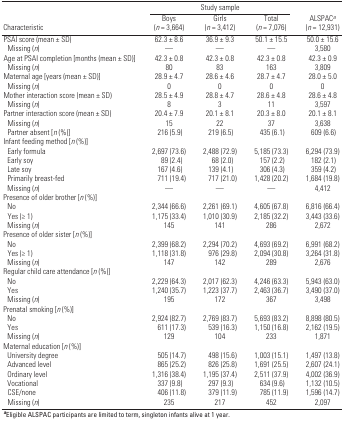
<table><thead><tr><td colspan="5"><b>Study sample</b></td></tr><tr><td><b>Characteristic</b></td><td><b>Boys (<i>n</i> = 3,664)</b></td><td><b>Girls (<i>n</i> = 3,412)</b></td><td><b>Total (<i>n</i> = 7,076)</b></td><td><b>ALSPAC<i>a </i>(<i>n</i> = 12,931)</b></td></tr></thead><tbody><tr><td>PSAI score (mean ± SD)</td><td></td><td>62.3 ± 8.6</td><td></td><td>36.9 ± 9.3</td><td></td><td>50.1 ± 15.5</td><td></td><td>50.0 ± 15.6</td></tr><tr><td>Missing (<i>n</i>)</td><td></td><td>—</td><td></td><td>—</td><td></td><td>—</td><td></td><td>3,580</td></tr><tr><td>Age at PSAI completion [months (mean ± SD)]</td><td></td><td>42.3 ± 0.8</td><td></td><td>42.3 ± 0.8</td><td></td><td>42.3 ± 0.8</td><td></td><td>42.3 ± 0.9</td></tr><tr><td>Missing (<i>n</i>)</td><td></td><td>80</td><td></td><td>83</td><td></td><td>163</td><td></td><td>3,809</td></tr><tr><td>Maternal age [years (mean ± SD)]</td><td></td><td>28.9 ± 4.7</td><td></td><td>28.6 ± 4.6</td><td></td><td>28.7 ± 4.7</td><td></td><td>28.0 ± 5.0</td></tr><tr><td>Missing (<i>n</i>)</td><td></td><td>0</td><td></td><td>0</td><td></td><td>0</td><td></td><td>0</td></tr><tr><td>Mother interaction score (mean ± SD)</td><td></td><td>28.5 ± 4.9</td><td></td><td>28.8 ± 4.7</td><td></td><td>28.6 ± 4.8</td><td></td><td>28.6 ± 4.8</td></tr><tr><td>Missing (<i>n</i>)</td><td></td><td>8</td><td></td><td>3</td><td></td><td>11</td><td></td><td>3,597</td></tr><tr><td>Partner interaction score (mean ± SD)</td><td></td><td>20.4 ± 7.9</td><td></td><td>20.1 ± 8.1</td><td></td><td>20.3 ± 8.0</td><td></td><td>20.1 ± 8.1</td></tr><tr><td>Missing (<i>n</i>)</td><td></td><td>15</td><td></td><td>22</td><td></td><td>37</td><td></td><td>3,638</td></tr><tr><td>Partner absent [<i>n</i> (%)]</td><td></td><td>216 (5.9)</td><td></td><td>219 (6.5)</td><td></td><td>435 (6.1)</td><td></td><td>609 (6.6)</td></tr><tr><td>Infant feeding method [<i>n</i> (%)]</td><td></td><td></td><td></td><td></td><td></td><td></td><td></td><td></td></tr><tr><td>Early formula</td><td></td><td>2,697 (73.6)</td><td></td><td>2,488 (72.9)</td><td></td><td>5,185 (73.3)</td><td></td><td>6,294 (73.9)</td></tr><tr><td>Early soy</td><td></td><td>89 (2.4)</td><td></td><td>68 (2.0)</td><td></td><td>157 (2.2)</td><td></td><td>182 (2.1)</td></tr><tr><td>Late soy</td><td></td><td>167 (4.6)</td><td></td><td>139 (4.1)</td><td></td><td>306 (4.3)</td><td></td><td>359 (4.2)</td></tr><tr><td>Primarily breast-fed</td><td></td><td>711 (19.4)</td><td></td><td>717 (21.0)</td><td></td><td>1,428 (20.2)</td><td></td><td>1,684 (19.8)</td></tr><tr><td>Missing (<i>n</i>)</td><td></td><td>—</td><td></td><td>—</td><td></td><td>—</td><td></td><td>4,412</td></tr><tr><td>Presence of older brother [<i>n</i> (%)]</td><td></td><td></td><td></td><td></td><td></td><td></td><td></td><td></td></tr><tr><td>No</td><td></td><td>2,344 (66.6)</td><td></td><td>2,261 (69.1)</td><td></td><td>4,605 (67.8)</td><td></td><td>6,816 (66.4)</td></tr><tr><td>Yes (≥ 1)</td><td></td><td>1,175 (33.4)</td><td></td><td>1,010 (30.9)</td><td></td><td>2,185 (32.2)</td><td></td><td>3,443 (33.6)</td></tr><tr><td>Missing (<i>n</i>)</td><td></td><td>145</td><td></td><td>141</td><td></td><td>286</td><td></td><td>2,672</td></tr><tr><td>Presence of older sister [<i>n</i> (%)]</td><td></td><td></td><td></td><td></td><td></td><td></td><td></td><td></td></tr><tr><td>No</td><td></td><td>2,399 (68.2)</td><td></td><td>2,294 (70.2)</td><td></td><td>4,693 (69.2)</td><td></td><td>6,991 (68.2)</td></tr><tr><td>Yes (≥ 1)</td><td></td><td>1,118 (31.8)</td><td></td><td>976 (29.8)</td><td></td><td>2,094 (30.8)</td><td></td><td>3,264 (31.8)</td></tr><tr><td>Missing (<i>n</i>)</td><td></td><td>147</td><td></td><td>142</td><td></td><td>289</td><td></td><td>2,676</td></tr><tr><td>Regular child care attendance [<i>n</i> (%)]</td><td></td><td></td><td></td><td></td><td></td><td></td><td></td><td></td></tr><tr><td>No</td><td></td><td>2,229 (64.3)</td><td></td><td>2,017 (62.3)</td><td></td><td>4,246 (63.3)</td><td></td><td>5,943 (63.0)</td></tr><tr><td>Yes</td><td></td><td>1,240 (35.7)</td><td></td><td>1,223 (37.7)</td><td></td><td>2,463 (36.7)</td><td></td><td>3,490 (37.0)</td></tr><tr><td>Missing (<i>n</i>)</td><td></td><td>195</td><td></td><td>172</td><td></td><td>367</td><td></td><td>3,498</td></tr><tr><td>Prenatal smoking [<i>n</i> (%)]</td><td></td><td></td><td></td><td></td><td></td><td></td><td></td><td></td></tr><tr><td>No</td><td></td><td>2,924 (82.7)</td><td></td><td>2,769 (83.7)</td><td></td><td>5,693 (83.2)</td><td></td><td>8,898 (80.5)</td></tr><tr><td>Yes</td><td></td><td>611 (17.3)</td><td></td><td>539 (16.3)</td><td></td><td>1,150 (16.8)</td><td></td><td>2,162 (19.5)</td></tr><tr><td>Missing (<i>n</i>)</td><td></td><td>129</td><td></td><td>104</td><td></td><td>233</td><td></td><td>1,871</td></tr><tr><td>Maternal education [<i>n</i> (%)]</td><td></td><td></td><td></td><td></td><td></td><td></td><td></td><td></td></tr><tr><td>University degree</td><td></td><td>505 (14.7)</td><td></td><td>498 (15.6)</td><td></td><td>1,003 (15.1)</td><td></td><td>1,497 (13.8)</td></tr><tr><td>Advanced level</td><td></td><td>865 (25.2)</td><td></td><td>826 (25.8)</td><td></td><td>1,691 (25.5)</td><td></td><td>2,607 (24.1)</td></tr><tr><td>Ordinary level</td><td></td><td>1,316 (38.4)</td><td></td><td>1,195 (37.4)</td><td></td><td>2,511 (37.9)</td><td></td><td>4,002 (36.9)</td></tr><tr><td>Vocational</td><td></td><td>337 (9.8)</td><td></td><td>297 (9.3)</td><td></td><td>634 (9.6)</td><td></td><td>1,132 (10.5)</td></tr><tr><td>CSE/none</td><td></td><td>406 (11.8)</td><td></td><td>379 (11.9)</td><td></td><td>785 (11.9)</td><td></td><td>1,596 (14.7)</td></tr><tr><td>Missing (<i>n</i>)</td><td></td><td>235</td><td></td><td>217</td><td></td><td>452</td><td></td><td>2,097</td></tr><tr><td colspan="9"><b>a</b>Eligible ALSPAC participants are limited to term,singleton infants alive at 1 year.</td></tr></tbody></table>